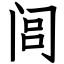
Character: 闾